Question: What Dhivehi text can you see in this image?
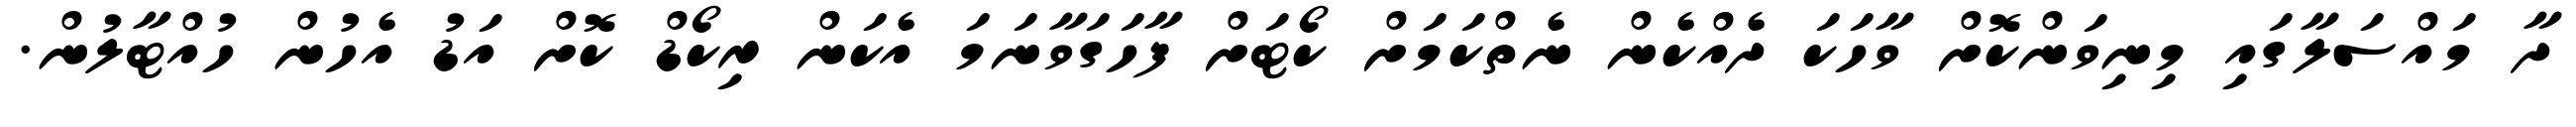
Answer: ދާ މައްސަލާގައި މިނިވަންކޮށް ވާހަކަ ދެއްކެން ނެތްކަމަށް ކޯޓަށް ފާހަގަވާނަމަ އެކަން ރިކޯޑް ކޮށް އަޑު އެހުން ހުއްޓާލުން.